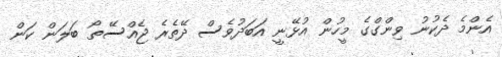
އެންމެ ދެކުނު ވިންގްގެ މީހުން އުޅޭނީ އަބަދުވެސް ދޭތެރެ ޖެއްސޭތޯ ބަލަން ކަން